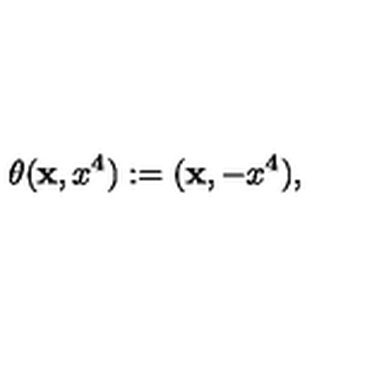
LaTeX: \theta ( { \bf x } , x ^ { 4 } ) : = ( { \bf x } , - x ^ { 4 } ) ,